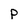
Character: p